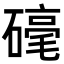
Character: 𮁀